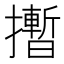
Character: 𪮻